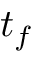
t _ { f }